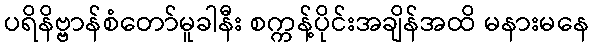
ပရိနိဗ္ဗာန်စံတော်မူခါနီး စက္ကန့်ပိုင်းအချိန်အထိ မနားမနေ